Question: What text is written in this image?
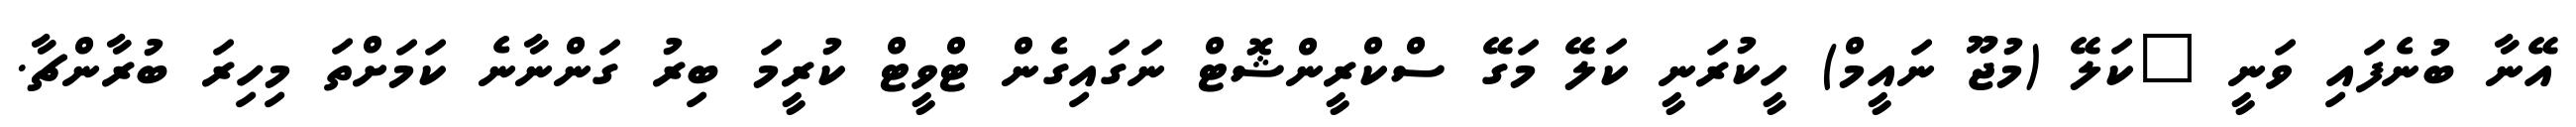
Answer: އޭނާ ބުނެފައި ވަނީ "ކަލޭ (މުޖޫ ނައީމް) ހީކުރަނީ ކަލޭ މަގޭ ސްކްރީންޝޮޓް ނަގައިގެން ޓްވީޓް ކުރީމަ ބިރު ގަންނާނެ ކަމަށްތަ މިހިރަ ބުރާންޗާ.